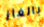
بالغاز